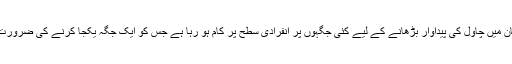
پاکستان میں چاول کی پیداوار بڑھانے کے لیے کئی جگہوں پر انفرادی سطح پر کام ہو رہا ہے جس کو ایک جگہ یکجا کرنے کی ضرورت ہے۔